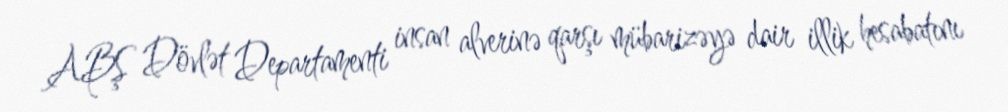
ABŞ Dövlət Departamenti insan alverinə qarşı mübarizəyə dair illik hesabatını